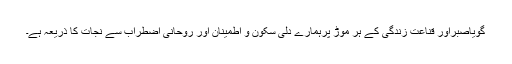
گویاصبراور قناعت زندگی کے ہر موڑ پرہمارے دلی سکون و اطمینان اور روحانی اضطراب سے نجات کا ذریعہ ہے۔